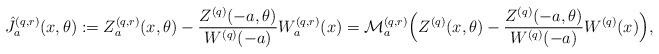
LaTeX: \begin{align*}\hat{J}_a^{(q,r)}(x,\theta ) &:= Z^{(q,r)}_a(x,\theta ) - \frac {Z^{(q)} (-a, \theta )} {W^{(q)}(-a)} W^{(q,r)}_a(x) = \mathcal{M}_a^{(q,r)} \Big( Z^{(q)}(x,\theta ) - \frac {Z^{(q)} (-a, \theta )} {W^{(q)}(-a)} W^{(q)}(x) \Big), \end{align*}